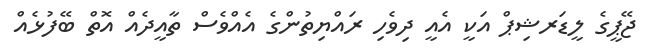
ޖޭޕީގެ ލީޑަރޝިޕް އަކީ އެއީ ދިވެހި ރައްޔިތުންގެ އެއްވެސް ތާއީދެއް އޮތް ބޭފުޅެއް